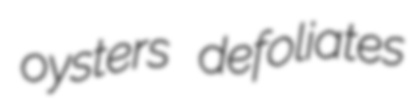
oysters defoliates